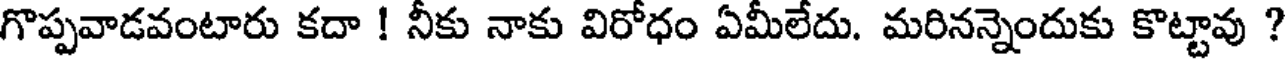
గొప్పవాడవంటారు కదా ! నీకు నాకు విరోధం ఏమీలేదు. మరినన్నెందుకు కొట్టావు ?